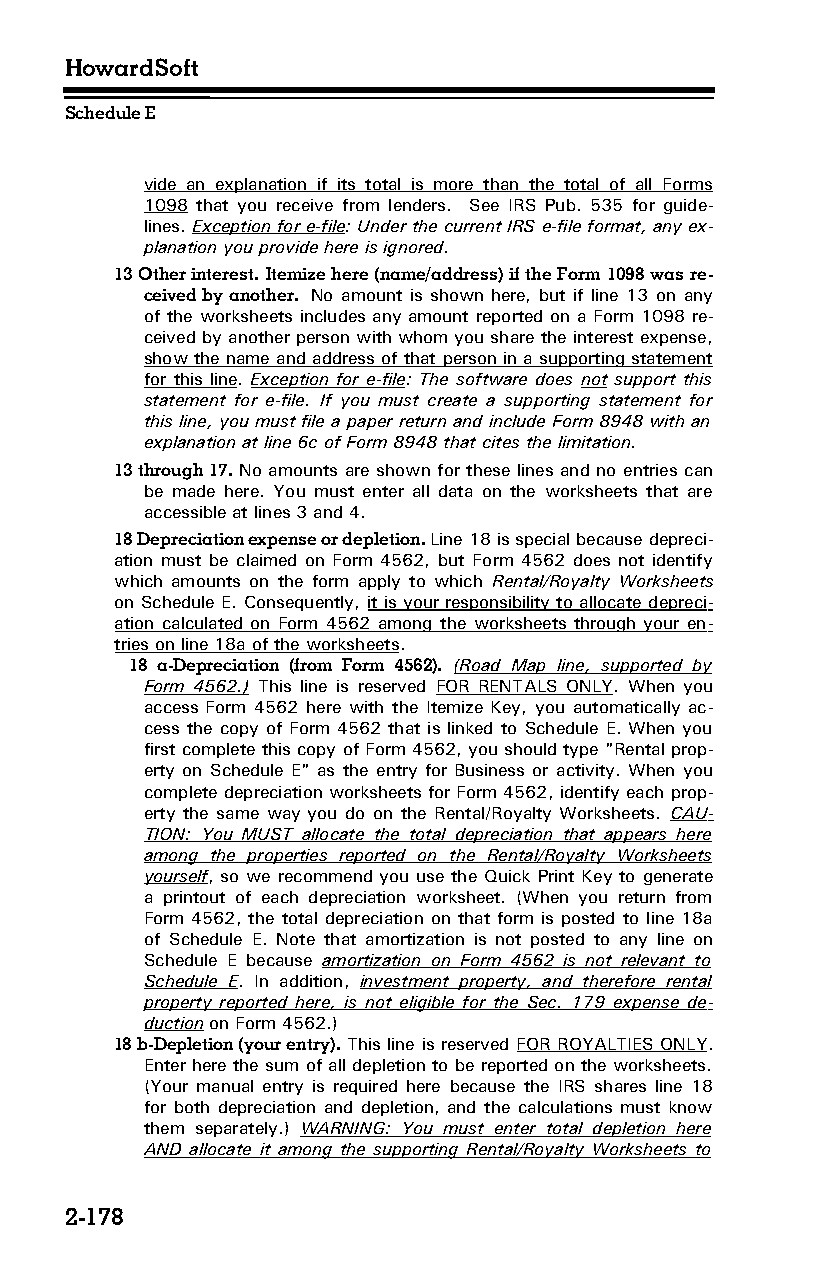
HowardSoft
 Schedule E
 vide an explanation if its total is more than the total of all Forms
 1098 that you receive from lenders. See IRS Pub. 535 for guide­
 lines. Exception for e-file: Under the current IRS e-file format, any ex­
 planation you provide here is ignored.
 13 Other interest. Itemize here (name/address) if the Form 1098 was re­
 ceived by another. No amount is shown here, but if line 13 on any
 of the worksheets includes any amount reported on a Form 1098 re­
 ceived by another person with whom you share the interest expense,
 show the name and address of that person in a supporting statement
 for this line. Exception for e-file: The software does not support this
 statement for e-file. If you must create a supporting statement for
 this line, you must file a paper return and include Form 8948 with an
 explanation at line 6c of Form 8948 that cites the limitation.
 13 through 17. No amounts are shown for these lines and no entries can
 be made here. You must enter all data on the worksheets that are
 accessible at lines 3 and 4.
 18 Depreciation expense or depletion. Line 18 is special because depreci­
 ation must be claimed on Form 4562, but Form 4562 does not identify
 which amounts on the form apply to which Rental/Royalty Worksheets
 on Schedule E. Consequently, it is your responsibility to allocate depreci­
 ation calculated on Form 4562 among the worksheets through your en­
 tries on line 18a of the worksheets.
 18 a-Depreciation (from Form 4562). (Road Map line, supported by
 Form 4562.) This line is reserved FOR RENTALS ONLY. When you
 access Form 4562 here with the Itemize Key, you automatically ac­
 cess the copy of Form 4562 that is linked to Schedule E. When you
 first complete this copy of Form 4562, you should type "Rental prop­
 erty on Schedule E" as the entry for Business or activity. When you
 complete depreciation worksheets for Form 4562, identify each prop­
 erty the same way you do on the Rental/Royalty Worksheets. CAU­
 TION: You MUST allocate the total depreciation that appears here
 among the properties reported on the Rental/Royalty Worksheets
 yourself, so we recommend you use the Quick Print Key to generate
 a printout of each depreciation worksheet. (When you return from
 Form 4562, the total depreciation on that form is posted to line 18a
 of Schedule E. Note that amortization is not posted to any line on
 Schedule E because amortization on Form 4562 is not relevant to
 Schedule E. In addition, investment property, and therefore rental
 property reported here, is not eligible for the Sec. 179 expense de­
 duction on Form 4562.)
 18 b-Depletion (your entry). This line is reserved FOR ROYALTIES ONLY.
 Enter here the sum of all depletion to be reported on the worksheets.
 (Your manual entry is required here because the IRS shares line 18
 for both depreciation and depletion, and the calculations must know
 them separately.) WARNING: You must enter total depletion here
 AND allocate it among the supporting Rental/Royalty Worksheets to
 2-178